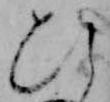
ひ